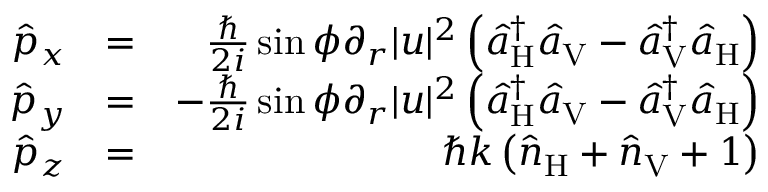
\begin{array} { r l r } { \hat { p } _ { x } } & { = } & { \frac { \hbar } { 2 i } \sin \phi \partial _ { r } | u | ^ { 2 } \left( \hat { a } _ { \mathrm { H } } ^ { \dagger } \hat { a } _ { \mathrm { V } } - \hat { a } _ { \mathrm { V } } ^ { \dagger } \hat { a } _ { \mathrm { H } } \right) } \\ { \hat { p } _ { y } } & { = } & { - \frac { \hbar } { 2 i } \sin \phi \partial _ { r } | u | ^ { 2 } \left( \hat { a } _ { \mathrm { H } } ^ { \dagger } \hat { a } _ { \mathrm { V } } - \hat { a } _ { \mathrm { V } } ^ { \dagger } \hat { a } _ { \mathrm { H } } \right) } \\ { \hat { p } _ { z } } & { = } & { \hbar k \left( \hat { n } _ { \mathrm { H } } + \hat { n } _ { \mathrm { V } } + 1 \right) } \end{array}